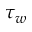
\tau _ { w }